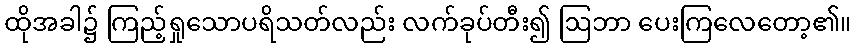
ထိုအခါ၌ ကြည့်ရှုသောပရိသတ်လည်း လက်ခုပ်တီး၍ ဩဘာ ပေးကြလေတော့၏။